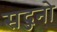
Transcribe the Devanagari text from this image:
सद्जनो